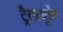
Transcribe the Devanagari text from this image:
ट्रैसल्यूसेंट